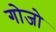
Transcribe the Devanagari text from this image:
गोजो